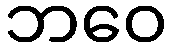
ဘဝေ